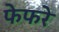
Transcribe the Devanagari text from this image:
फेफरे